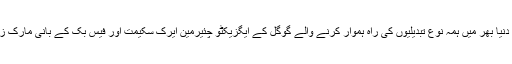
اسی وجہ سے صدر اوباما نے دنیا بھر میں ہمہ نوع تبدیلیوں کی راہ ہموار کرنے والے گوگل کے ایگزیکٹو چئیرمین ایرک سکیمت اور فیس بک کے بانی مارک زکر برگ سے ملاقات کی ہے۔